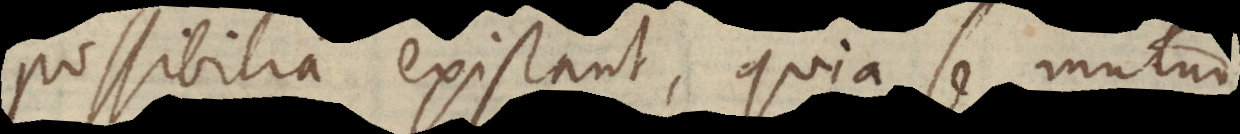
possibilia existant, quia se mutuo